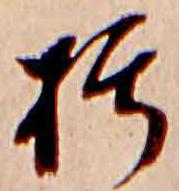
朽